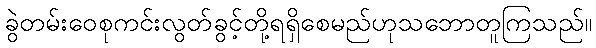
ခွဲတမ်းဝေစုကင်းလွတ်ခွင့်တို့ရရှိစေမည်ဟုသဘောတူကြသည်။